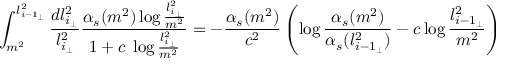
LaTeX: \int _ { m ^ { 2 } } ^ { l _ { { i - 1 } _ { \perp } } ^ { 2 } } \frac { d l _ { { i } _ { \perp } } ^ { 2 } } { l _ { { i } _ { \perp } } ^ { 2 } } \frac { \alpha _ { s } ( m ^ { 2 } ) \log \frac { l _ { { i } _ { \perp } } ^ { 2 } } { m ^ { 2 } } } { 1 + c \; \log \frac { l _ { { i } _ { \perp } } ^ { 2 } } { m ^ { 2 } } } = - \frac { \alpha _ { s } ( m ^ { 2 } ) } { c ^ { 2 } } \left( \log \frac { \alpha _ { s } ( m ^ { 2 } ) } { \alpha _ { s } ( l _ { { i - 1 } _ { \perp } } ^ { 2 } ) } - c \log \frac { l _ { { i - 1 } _ { \perp } } ^ { 2 } } { m ^ { 2 } } \right)